Medical and sanitary report of the native army of Bengal for the year
Year: 1875
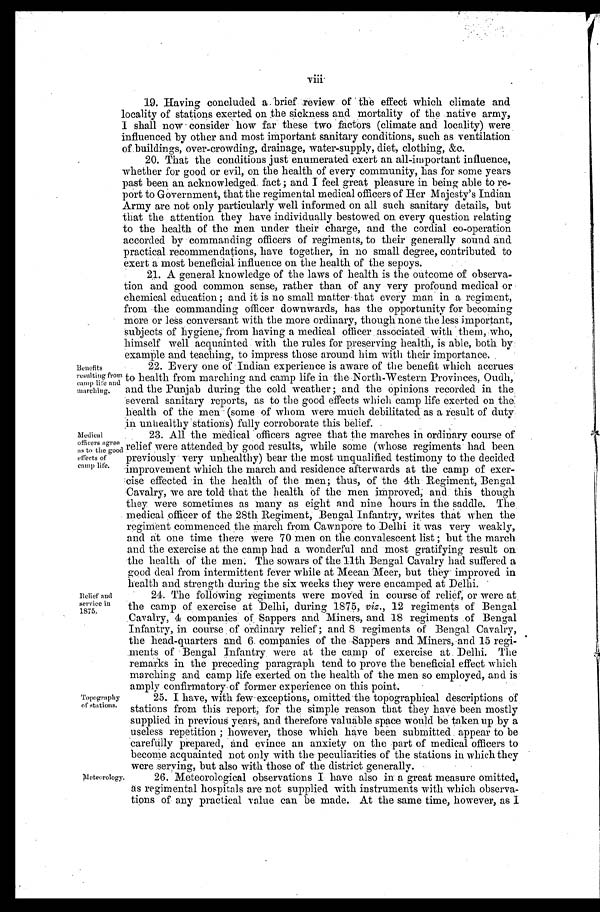
viii.
19. Having concluded a brief review of the effect which climate and
locality of stations exerted on the sickness and mortality of the native army,
I shall now consider how far these two factors (climate and locality) were
influenced by other and most important sanitary conditions, such as ventilation
of buildings, over-crowding, drainage, water-supply, diet, clothing, &c.
20. That the conditions just enumerated exert an all-important influence,
whether for good or evil, on the health of every community, has for some years
past been an acknowledged fact; and I feel great pleasure in being able to re-
port to Government, that the regimental medical officers of Her Majesty's Indian
Army are not only particularly well informed on all such sanitary details, but
that the attention they have individually.bestowed on every question relating
to the health of the men under their charge, and the cordial co-operation
accorded by commanding officers of regiments, to their generally sound and
practical recommendations, have together, in no small degree, contributed to
exert a most beneficial influence on the health of the sepoys.
21. A general knowledge of the laws of health is the outcome of observa
- t i o n a n d g o o d c o m m o n s e n s e , r a t h e r t h a n o f a n y v e r y p r o f o u n d m e d i c a l o r
chemical education; and it is no small matter that every man in a regiment,
from the commanding officer downwards, has the opportunity for becoming
more or less conversant with the more ordinary, though none the less important,
subjects of hygiene, from having a medical officer associated with them, who,
himself well acquainted with the rules for preserving health, is able, both by
example and teaching, to impress those around him with their importance.
Benefits
r e s u l t i n g f r o m
c a m p l i f e a n d
m a r c h i n g .
22. Every one of Indian experience is aware of the benefit which accrues
to health from marching and camp life in the North-Western Provinces, Oudh,
and the Punjab during the cold weather; and the opinions recorded in the
several sanitary reports, as to the good effects which camp life exerted on the
health of the men (some of whom were much debilitated as a result of duty
in unhealthy stations) fully corroborate this belief.
Medical
o f f i c e r s a g r e e a s t o t h e g o o d e f f e c t s o f c c a m p l i f e .
23. All the medical officers agree that the marches in ordinary course of
relief were attended by good results, while some (whose regiments had been
improvement which the march and residence afterwards at the camp of exer
- cise effected in the health of the men; thus, of the 4th . Regiment, Bengal
Cavalry, we are told that the health of the men improved, and this though
they were sometimes as many as eight and nine hours in the saddle. The.
medical officer of the 28th Regiment, Bengal Infantry, writes that when the
regiment commenced the march from Cawnpore to Delhi it was very weakly,
and at one time there were 70 men on the convalescent list; but the march
and the exercise at the camp had a wonderful and most gratifying result on
the health of the men. The sowars of the 11th Bengal Cavalry had suffered a
good deal from intermittent fever while at Meean Meer, but they . improved in
health and strength during the six weeks they were encamped at Delhi.
Re l i e f a nd s e r vi c e i n 1875.
24. The following regiments were moved in course of relief, or were
at the camp of exercise at Delhi, during 1875, viz., 12 regiments of Bengal
Cavalry, 4 companies of Sappers and Miners, and 18 regiments of Bengal
Infantry, in course of ordinary relief; and 8 regiments of Bengal Cavalry,
the head-quarters and 6 companies of the Sappers and Miners, and 15 regi
- ments of Bengal Infantry were at the camp of exercise at Delhi. The
remarks in the preceding paragraph tend to prove the beneficial effect which
marching and camp life exerted on the health of the men so employed, and is
amply confirmatory of former experience on this point.
Topography
of s t a t i ons .
25. I have, with few exceptions, omitted the topographical descriptions of
st at i ons f r om t hi s r epor t , f or t he si mpl e r eason t hat t hey have been most l y
supplied in previous years, and therefore valuable space would be taken up by a
useless repetition; however, those which have been submitted appear to be
carefully prepared, and evince an anxiety on the part of medical officers to
become acquainted not only with the peculiarities of the stations in which they
were serving, but also with those of the district generally.
Meteorology.
26. Meteorological observations I have also in a great measure omitted,
as regimental hospitals are not supplied with instruments with which observa
-
tions of any practical value can be made. At the same time, however, as I